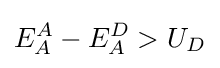
E_{A}^{A}-E_{A}^{D}>U_{D}